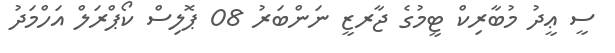
ސީ ޢީދު މުބާރިކް ޓީމުގެ ޖާރޒީ ނަންބަރު 08 ޕޮލިސް ކޯޕްރަލް އަހްމަދު